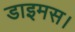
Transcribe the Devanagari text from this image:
डाइमस।